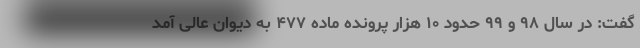
گفت: در سال ۹۸ و ۹۹ حدود ۱۰ هزار پرونده ماده ۴۷۷ به دیوان عالی آمد